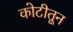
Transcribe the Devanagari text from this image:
कोटीतून